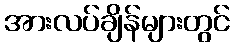
အားလပ်ချိန်များတွင်